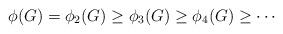
LaTeX: \begin{align*}\phi(G) = \phi_2(G) \geq \phi_3(G) \geq \phi_4(G) \geq \cdots\end{align*}